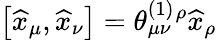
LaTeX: \left[\widehat{x}_{\mu},\widehat{x}_{\nu}\right]=\theta_{\mu\nu}^{(1)}{}^{\rho}\widehat{x}_{\rho}